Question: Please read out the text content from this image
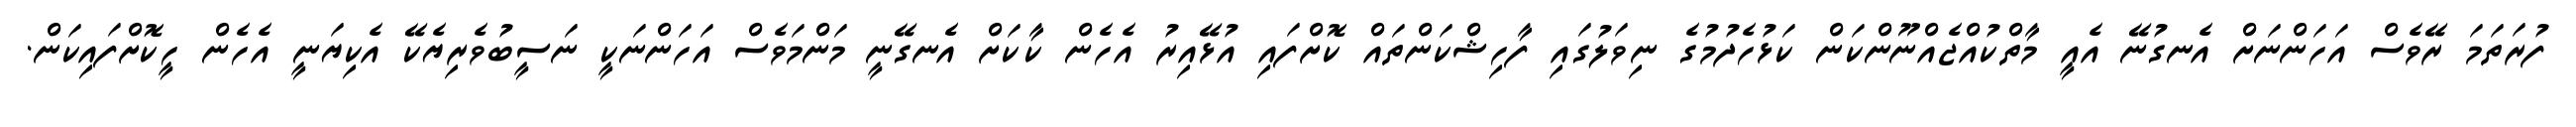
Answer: ފުރަތަމަ ރޭވެސް އަހަންނަށް އެނގުނޭ އެއީ މާތްކުއްޖެއްނޫންކަން ކަޅުހެދުމުގެ ނިވަލުގައި ފާހިޝްކަންތައް ކޮށްފައި އުޅޭއިރު އެހެން ކާކަށް އެނގޭނީ މަންމަވެސް އަހަންނަކީ ނަސީބުވެރިޔެކޭ އެކިޔަނީ އެހެން ހީކޮށްފައިކަން.